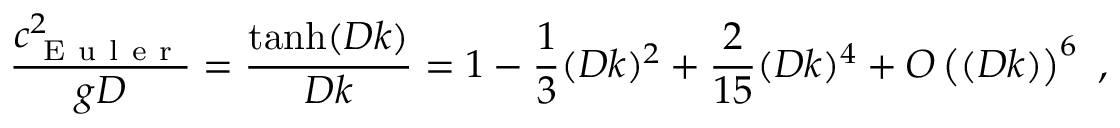
\frac { c _ { \mathrm { ~ E ~ u ~ l ~ e ~ r ~ } } ^ { 2 } } { g D } = \frac { \operatorname { t a n h } ( D k ) } { D k } = 1 - \frac { 1 } { 3 } ( D k ) ^ { 2 } + \frac { 2 } { 1 5 } ( D k ) ^ { 4 } + O \left( ( D k ) \right) ^ { 6 } \ ,